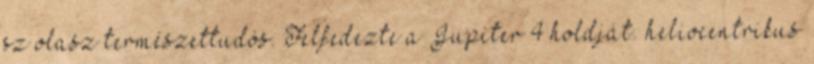
sz olasz természettudós. Felfedezte a Jupiter 4 holdját. heliocentrikus